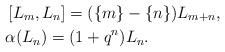
LaTeX: \begin{align*}&\left[L_m,L_n\right]=(\{m\}-\{n\})L_{m+n}, \\&\alpha(L_n)=(1+q^n)L_n. \end{align*}